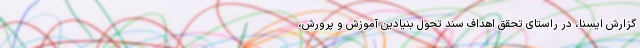
گزارش ایسنا، در راستای تحقق اهداف سند تحول بنیادین آموزش و پرورش،